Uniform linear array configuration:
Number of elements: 48
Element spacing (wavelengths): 0.75
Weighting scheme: kaiser
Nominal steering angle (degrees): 15
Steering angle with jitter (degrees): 14.932
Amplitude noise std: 0.05
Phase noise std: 0.05

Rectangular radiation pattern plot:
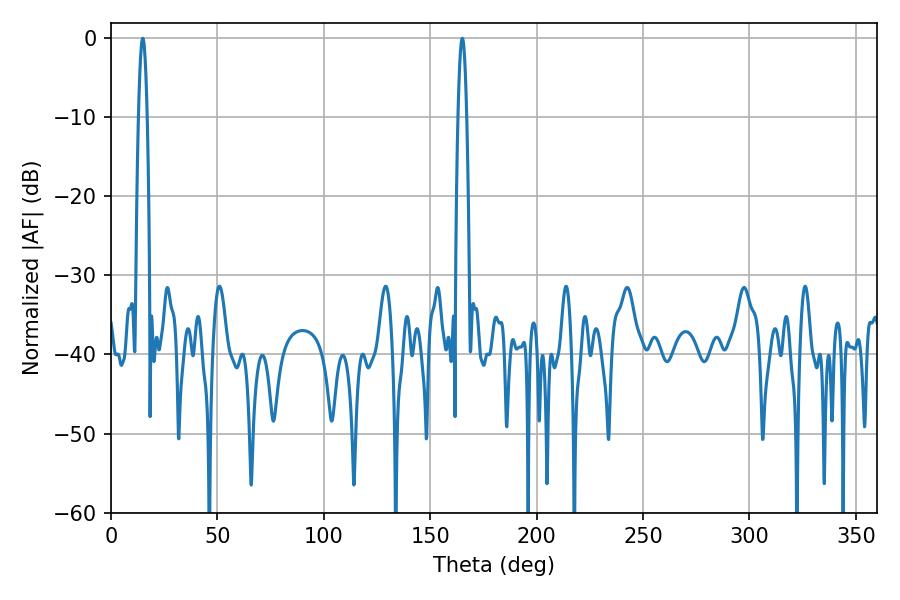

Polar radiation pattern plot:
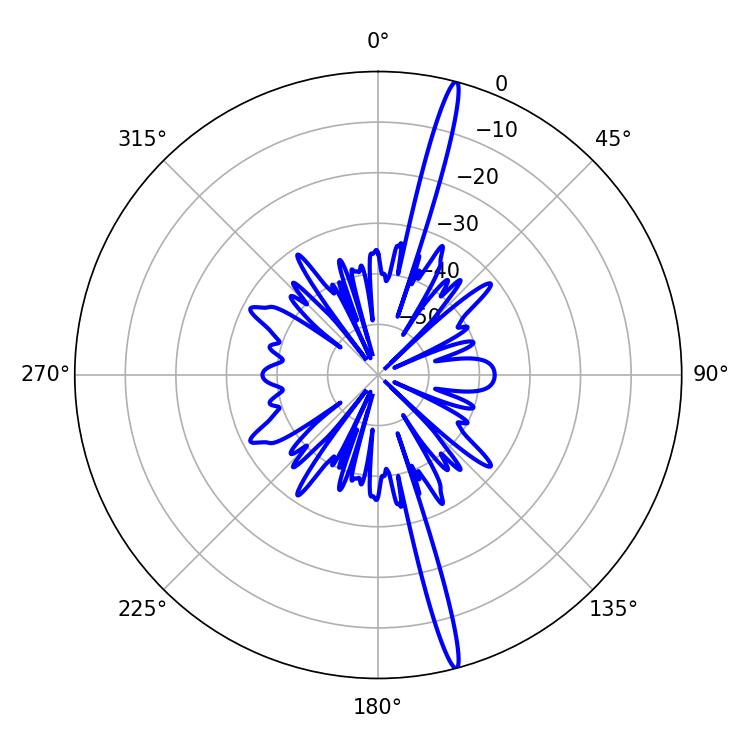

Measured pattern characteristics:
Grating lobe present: TRUE
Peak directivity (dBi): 19.581
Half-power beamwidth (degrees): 2.16
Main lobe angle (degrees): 14.94